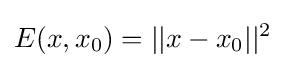
E(x,x_{0})=||x-x_{0}||^{2}